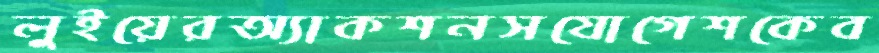
লুইয়েরঅ্যাকশনসযোগেশকেব